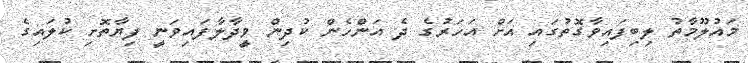
މައުލޫމާތު ލިބިފައިވާގޮތުގައި އަށް އަހަރުގެ ދެ އަންހެން ކުދިން ވީދާލާފައިވަނީ ފިޔާތޮށި ކުލައިގެ